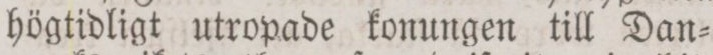
högtidligt utropade konungen till Dan=